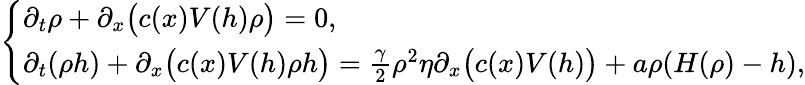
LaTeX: \left\{ \begin{array}{ll}{\partial_{t}\rho+\partial_{x}\bigl(c(x)V(h)\rho\bigr)=0,}\\ {\partial_{t}(\rho h)+\partial_{x}\bigl(c(x)V(h)\rho h\bigr)=\frac{\gamma}{2}\rho^{2}\eta\partial_{x}\bigl(c(x)V(h)\bigr)+a\rho(H(\rho)-h),}\end{array}\right.